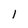
Character: l